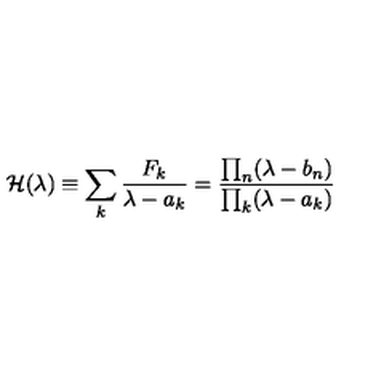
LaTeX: { \cal H } ( \lambda ) \equiv \sum _ { k } { \frac { F _ { k } } { \lambda - a _ { k } } } = { \frac { \prod _ { n } ( \lambda - b _ { n } ) } { \prod _ { k } ( \lambda - a _ { k } ) } }